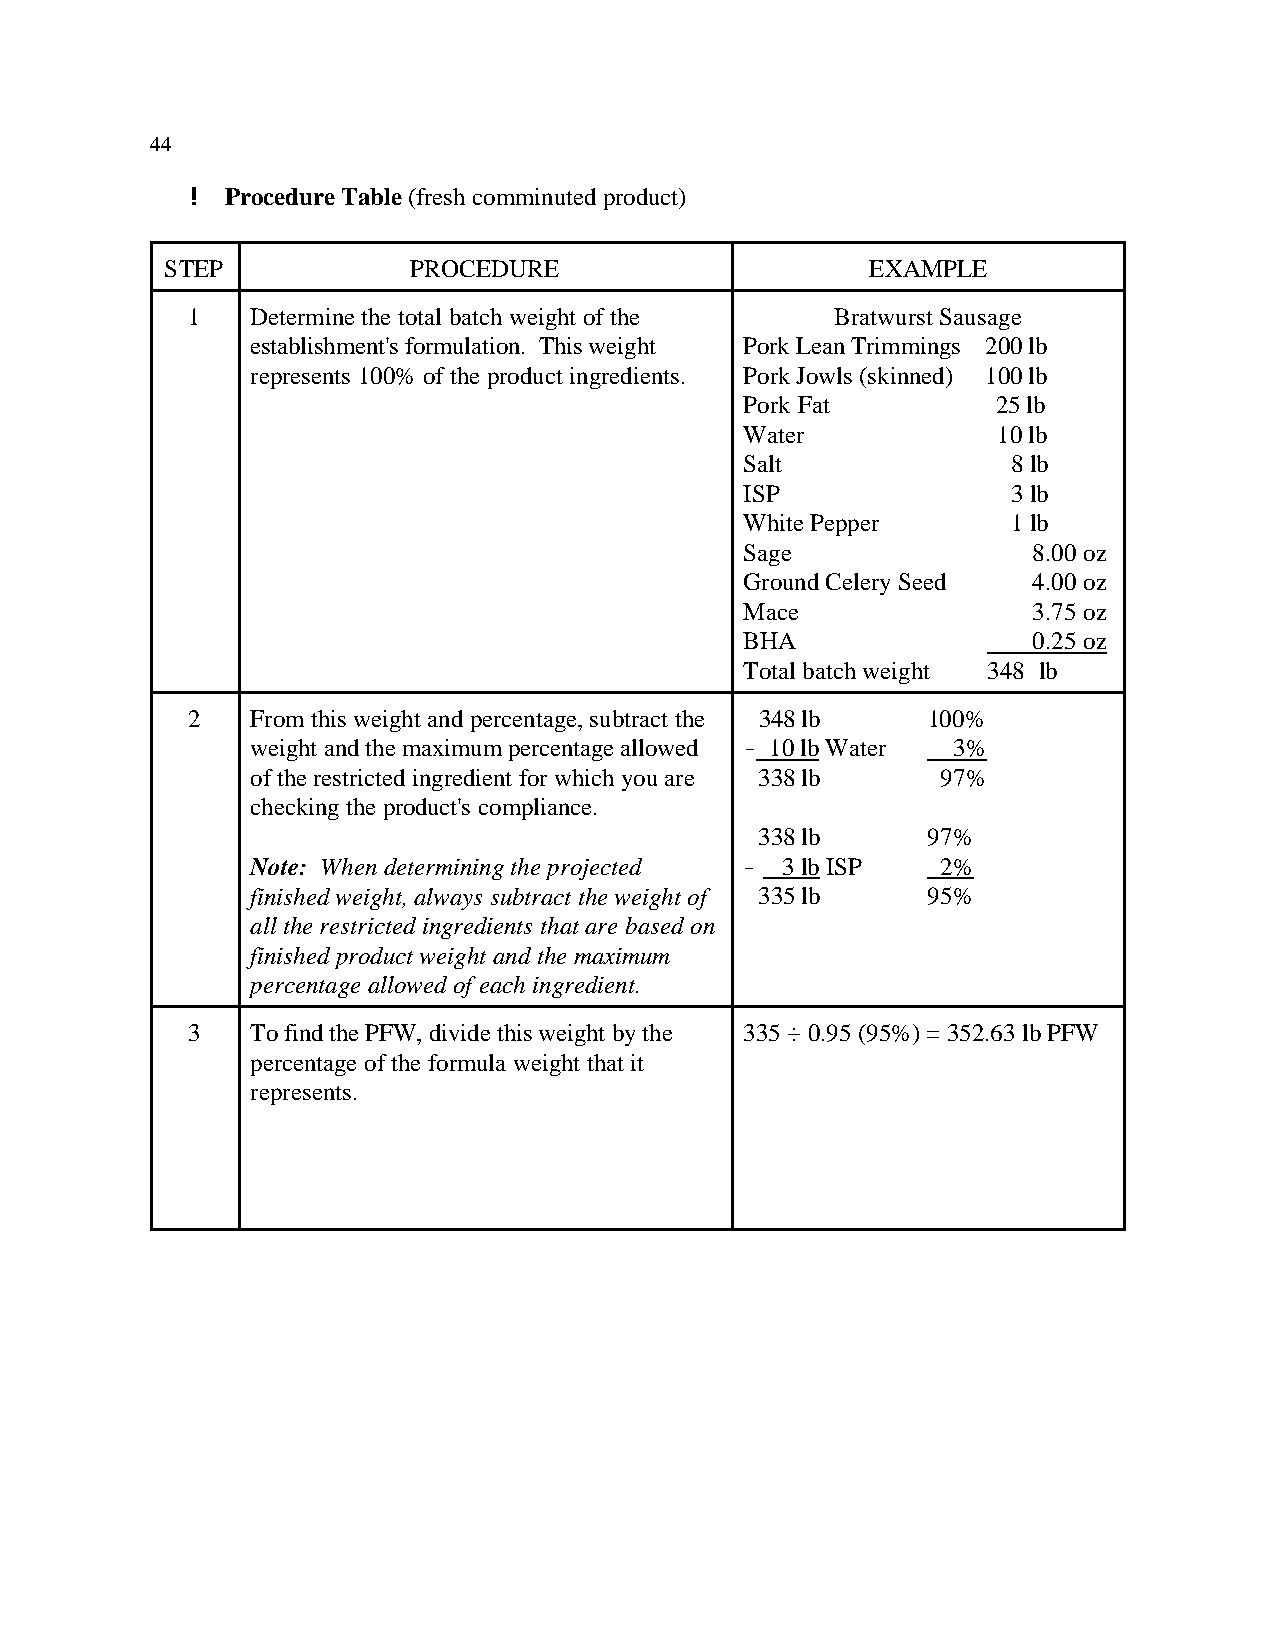
44
 ! Procedure Table (fresh comminuted product)
 STEP            PROCEDURE                      EXAMPLE
 1    Determine the total batch weight of the Bratwurst Sausage
 establishment's formulation. This weight Pork Lean Trimmings 200 lb
 represents 100% of the product ingredients. Pork Jowls (skinned) 100 lb
 Pork Fat         25 lb
 Water            10 lb
 Salt              8 lb
 ISP               3 lb
 White Pepper      1 lb
 Sage               8.00 oz
 Ground Celery Seed 4.00 oz
 Mace               3.75 oz
 BHA                0.25 oz
 Total batch weight 348 lb
 2    From this weight and percentage, subtract the 348 lb 100%
 weight and the maximum percentage allowed ! 10 lb Water 3%
 of the restricted ingredient for which you are 338 lb 97%
 checking the product's compliance.
 338 lb     97%
 Note: When determining the projected ! 3 lb ISP 2%
 finished weight, always subtract the weight of 335 lb 95%
 all the restricted ingredients that are based on
 finished product weight and the maximum
 percentage allowed of each ingredient.
 3    To find the PFW, divide this weight by the 335 ÷ 0.95 (95%) = 352.63 lb PFW
 percentage of the formula weight that it
 represents.